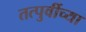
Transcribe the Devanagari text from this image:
तत्पुर्वीच्या